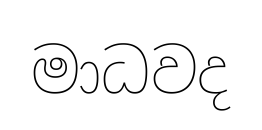
මාධවද